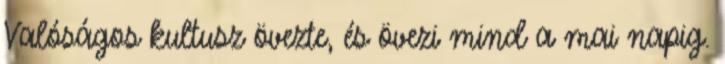
Valóságos kultusz övezte, és övezi mind a mai napig.